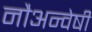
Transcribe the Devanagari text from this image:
नौअन्वेषी